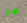
ما